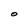
Character: O